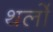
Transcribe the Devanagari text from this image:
थर्लो